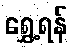
ရွှေ့ရန်